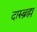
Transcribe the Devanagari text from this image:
दारुब्रह्म